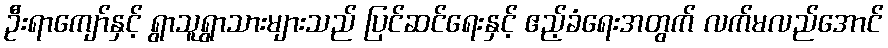
ဦးရာကျော်နှင့် ရွာသူရွာသားများသည် ပြင်ဆင်ရေးနှင့် ဧည့်ခံရေးအတွက် လက်မလည်အောင်